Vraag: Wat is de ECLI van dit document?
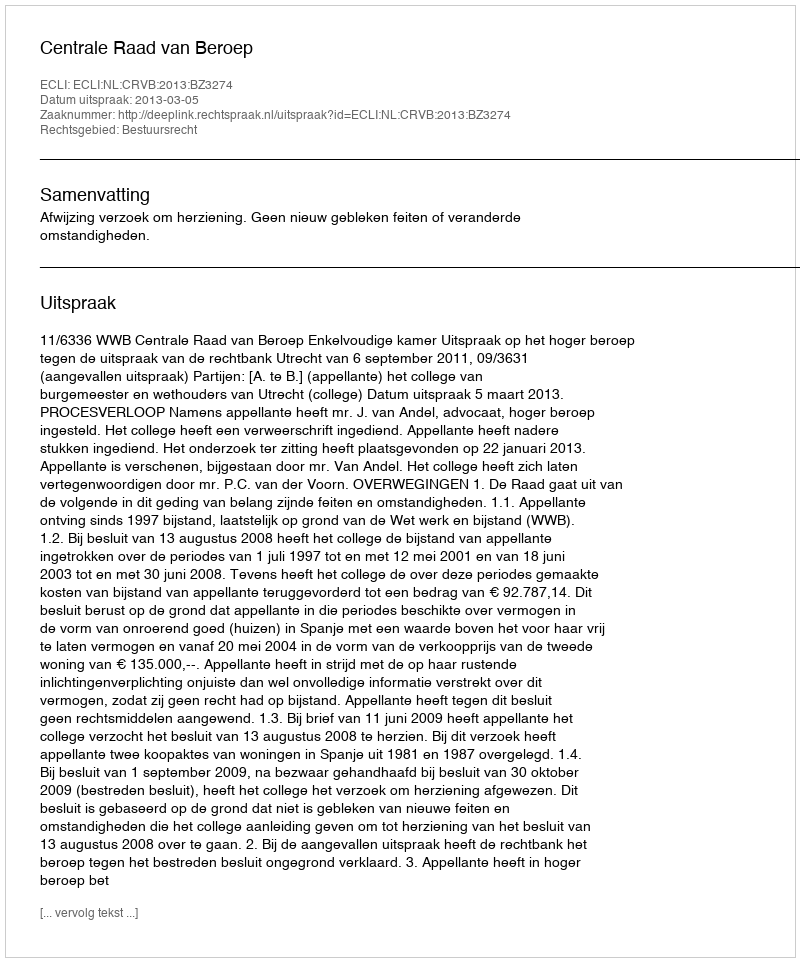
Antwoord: ECLI:NL:CRVB:2013:BZ3274